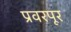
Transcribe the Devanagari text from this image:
प्रवरपूर